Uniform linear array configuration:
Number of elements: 4
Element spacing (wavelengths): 0.75
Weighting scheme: binomial
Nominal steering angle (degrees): -60
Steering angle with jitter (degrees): -59.677
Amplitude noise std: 0.05
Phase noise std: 0.05

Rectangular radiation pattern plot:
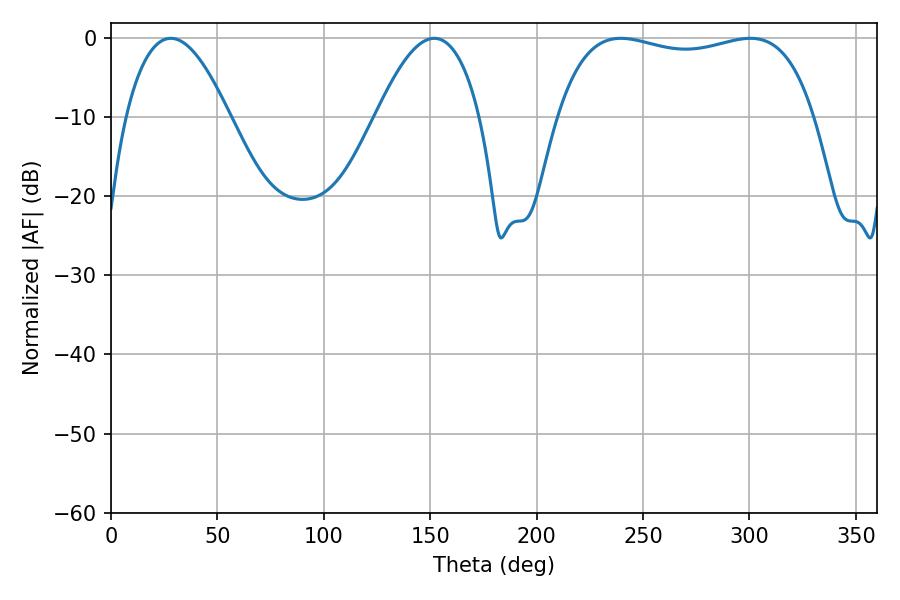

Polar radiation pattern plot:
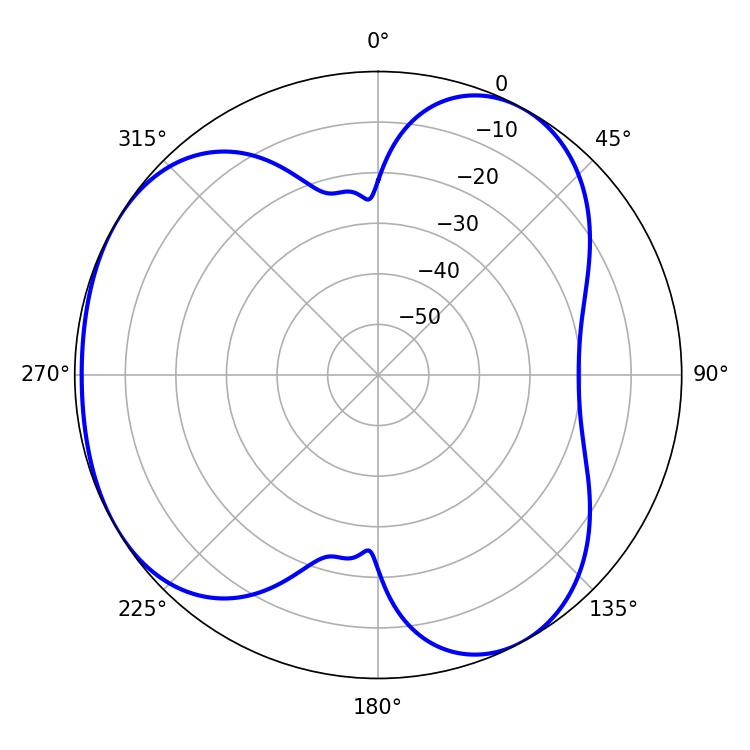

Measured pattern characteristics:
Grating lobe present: TRUE
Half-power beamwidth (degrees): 97.56
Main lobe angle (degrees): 239.58